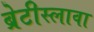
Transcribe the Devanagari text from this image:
ब्रेटीस्लावा